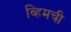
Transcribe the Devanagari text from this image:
व्हिमची